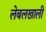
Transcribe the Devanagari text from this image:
लेबलखाली